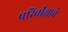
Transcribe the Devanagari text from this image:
परिवीक्षाचे